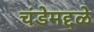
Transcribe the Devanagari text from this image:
चंडेमद्दळे